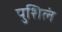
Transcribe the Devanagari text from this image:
पुशिलं